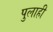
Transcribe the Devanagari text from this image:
पुलाही